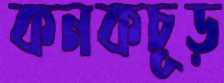
কনকচূড়